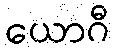
ယောဂီ